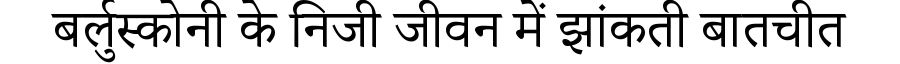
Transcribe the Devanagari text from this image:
बर्लुस्कोनी के निजी जीवन में झांकती बातचीत